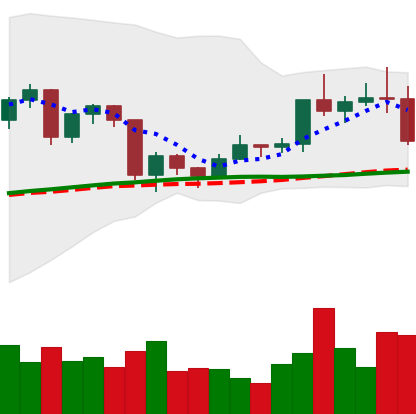
Ticker: TRX-USD
Chart end date: 2020-12-21
Forward return: -5.589%
Label: down_5_7